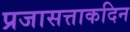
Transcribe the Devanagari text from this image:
प्रजासत्ताकदिन